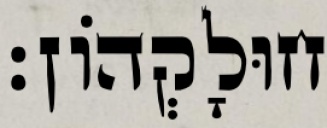
חוּלָקְהוֹן׃